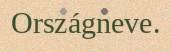
Országneve.